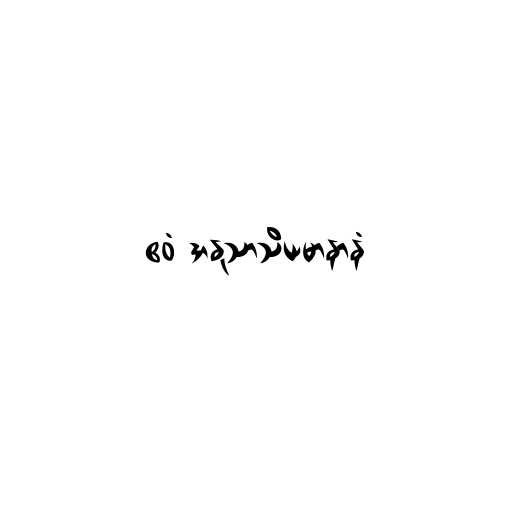
ဧဝံ အနုသာသိယမာနာနံ